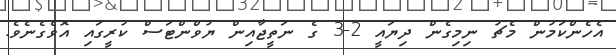
އެހެންކަމުން މެޗު ނިމިގެން ދިޔައީ 2-3 ގެ ނަތީޖާއިން ޔުވްންޓަސް ކުރީގައި އޮވެގެނެވެ.